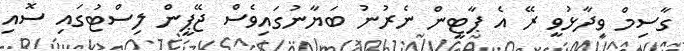
ގާސިމް ވިދާޅުވީ ރޭ އެ ޕާޓީން ނެރުނު ބަޔާނުގައިވެސް ޖޭޕީން ލިސްޓުގައި ސޮއި